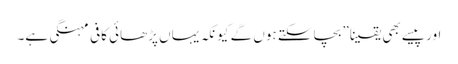
اور پیسے بھی یقینا” بچاسکتے ہوں گے کیونکہ یہاں پڑھائی کافی مہنگی ہے۔